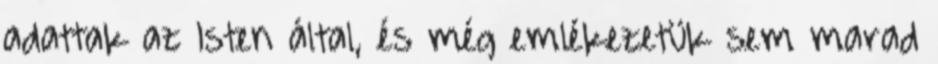
adattak az Isten által, és még emlékezetük sem marad